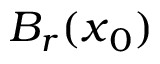
B _ { r } ( { \boldsymbol x } _ { 0 } )